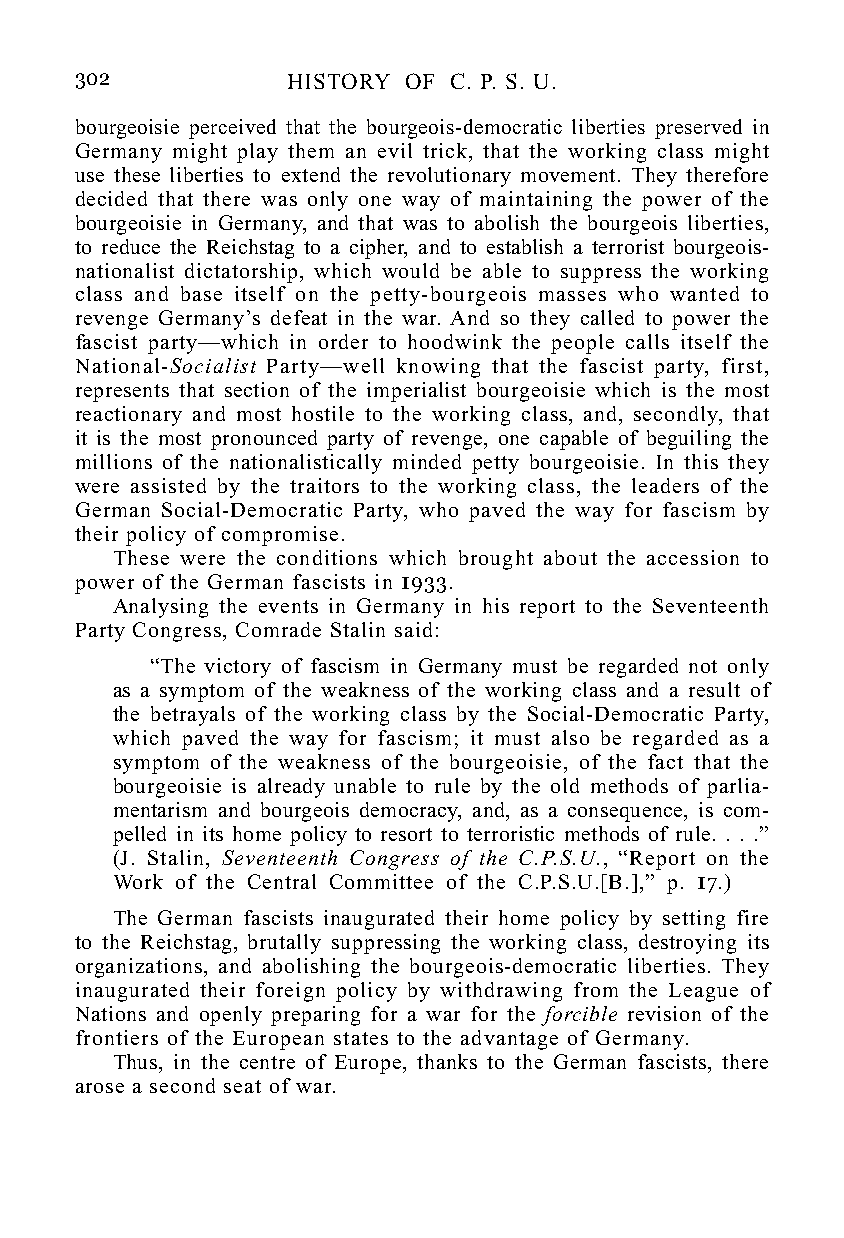
302           HISTORY OF C. P. S. U.
 bourgeoisie perceived that the bourgeois-democratic liberties preserved in
 Germany might play them an evil trick, that the working class might
 use these liberties to extend the revolutionary movement. They therefore
 decided that there was only one way of maintaining the power of the
 bourgeoisie in Germany, and that was to abolish the bourgeois liberties,
 to reduce the Reichstag to a cipher, and to establish a terrorist bourgeois-
 nationalist dictatorship, which would be able to suppress the working
 class and base itself on the petty-bourgeois masses who wanted to
 revenge Germany’s defeat in the war. And so they called to power the
 fascist party—which in order to hoodwink the people calls itself the
 National-Socialist Party—well knowing that the fascist party, first,
 represents that section of the imperialist bourgeoisie which is the most
 reactionary and most hostile to the working class, and, secondly, that
 it is the most pronounced party of revenge, one capable of beguiling the
 millions of the nationalistically minded petty bourgeoisie. In this they
 were assisted by the traitors to the working class, the leaders of the
 German Social-Democratic Party, who paved the way for fascism by
 their policy of compromise.
 These were the conditions which brought about the accession to
 power of the German fascists in 1933.
 Analysing the events in Germany in his report to the Seventeenth
 Party Congress, Comrade Stalin said:
 “The victory of fascism in Germany must be regarded not only
 as a symptom of the weakness of the working class and a result of
 the betrayals of the working class by the Social-Democratic Party,
 which paved the way for fascism; it must also be regarded as a
 symptom of the weakness of the bourgeoisie, of the fact that the
 bourgeoisie is already unable to rule by the old methods of parlia-
 mentarism and bourgeois democracy, and, as a consequence, is com-
 pelled in its home policy to resort to terroristic methods of rule. . . .”
 (J. Stalin, Seventeenth Congress of the C.P.S.U., “Report on the
 Work of the Central Committee of the C.P.S.U.[B.],” p. 17.)
 The German fascists inaugurated their home policy by setting fire
 to the Reichstag, brutally suppressing the working class, destroying its
 organizations, and abolishing the bourgeois-democratic liberties. They
 inaugurated their foreign policy by withdrawing from the League of
 Nations and openly preparing for a war for the forcible revision of the
 frontiers of the European states to the advantage of Germany.
 Thus, in the centre of Europe, thanks to the German fascists, there
 arose a second seat of war.